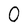
Character: O